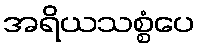
အရိယသစ္စံပေ